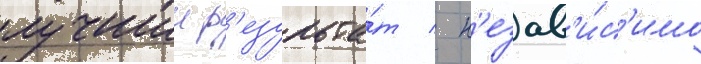
лучшии р'езульта́т / н'езав'и́с'имо